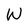
Character: W